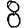
Digit: 8